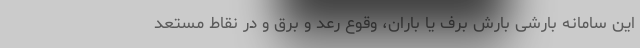
این سامانه بارشی بارش برف یا باران، وقوع رعد و برق و در نقاط مستعد